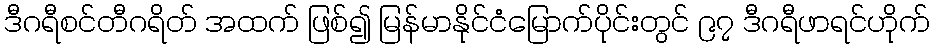
ဒီဂရီစင်တီဂရိတ် အထက် ဖြစ်၍ မြန်မာနိုင်ငံမြောက်ပိုင်းတွင် ၉၇ ဒီဂရီဖာရင်ဟိုက်